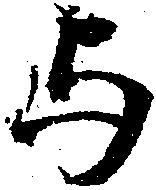
与